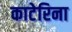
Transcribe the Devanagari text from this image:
काटेरिना